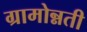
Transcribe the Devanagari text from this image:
ग्रामोन्नती